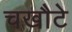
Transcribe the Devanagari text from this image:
चखौटे